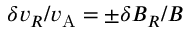
\delta { v _ { R } } / v _ { \mathrm { A } } = \pm \delta { B _ { R } } / B